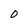
Character: O